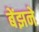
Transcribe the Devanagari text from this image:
बेंझने